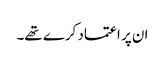
ان پر اعتماد کرے تھے۔